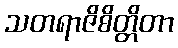
သတရာဇိစိတ္တိတာ